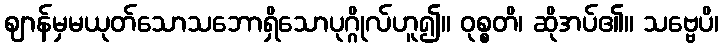
ဈာန်မှမယုတ်သောသဘောရှိသောပုဂ္ဂိုလ်ဟူ၍။ ဝုစ္စတိ၊ ဆိုအပ်၏။ သဗ္ဗေပိ၊